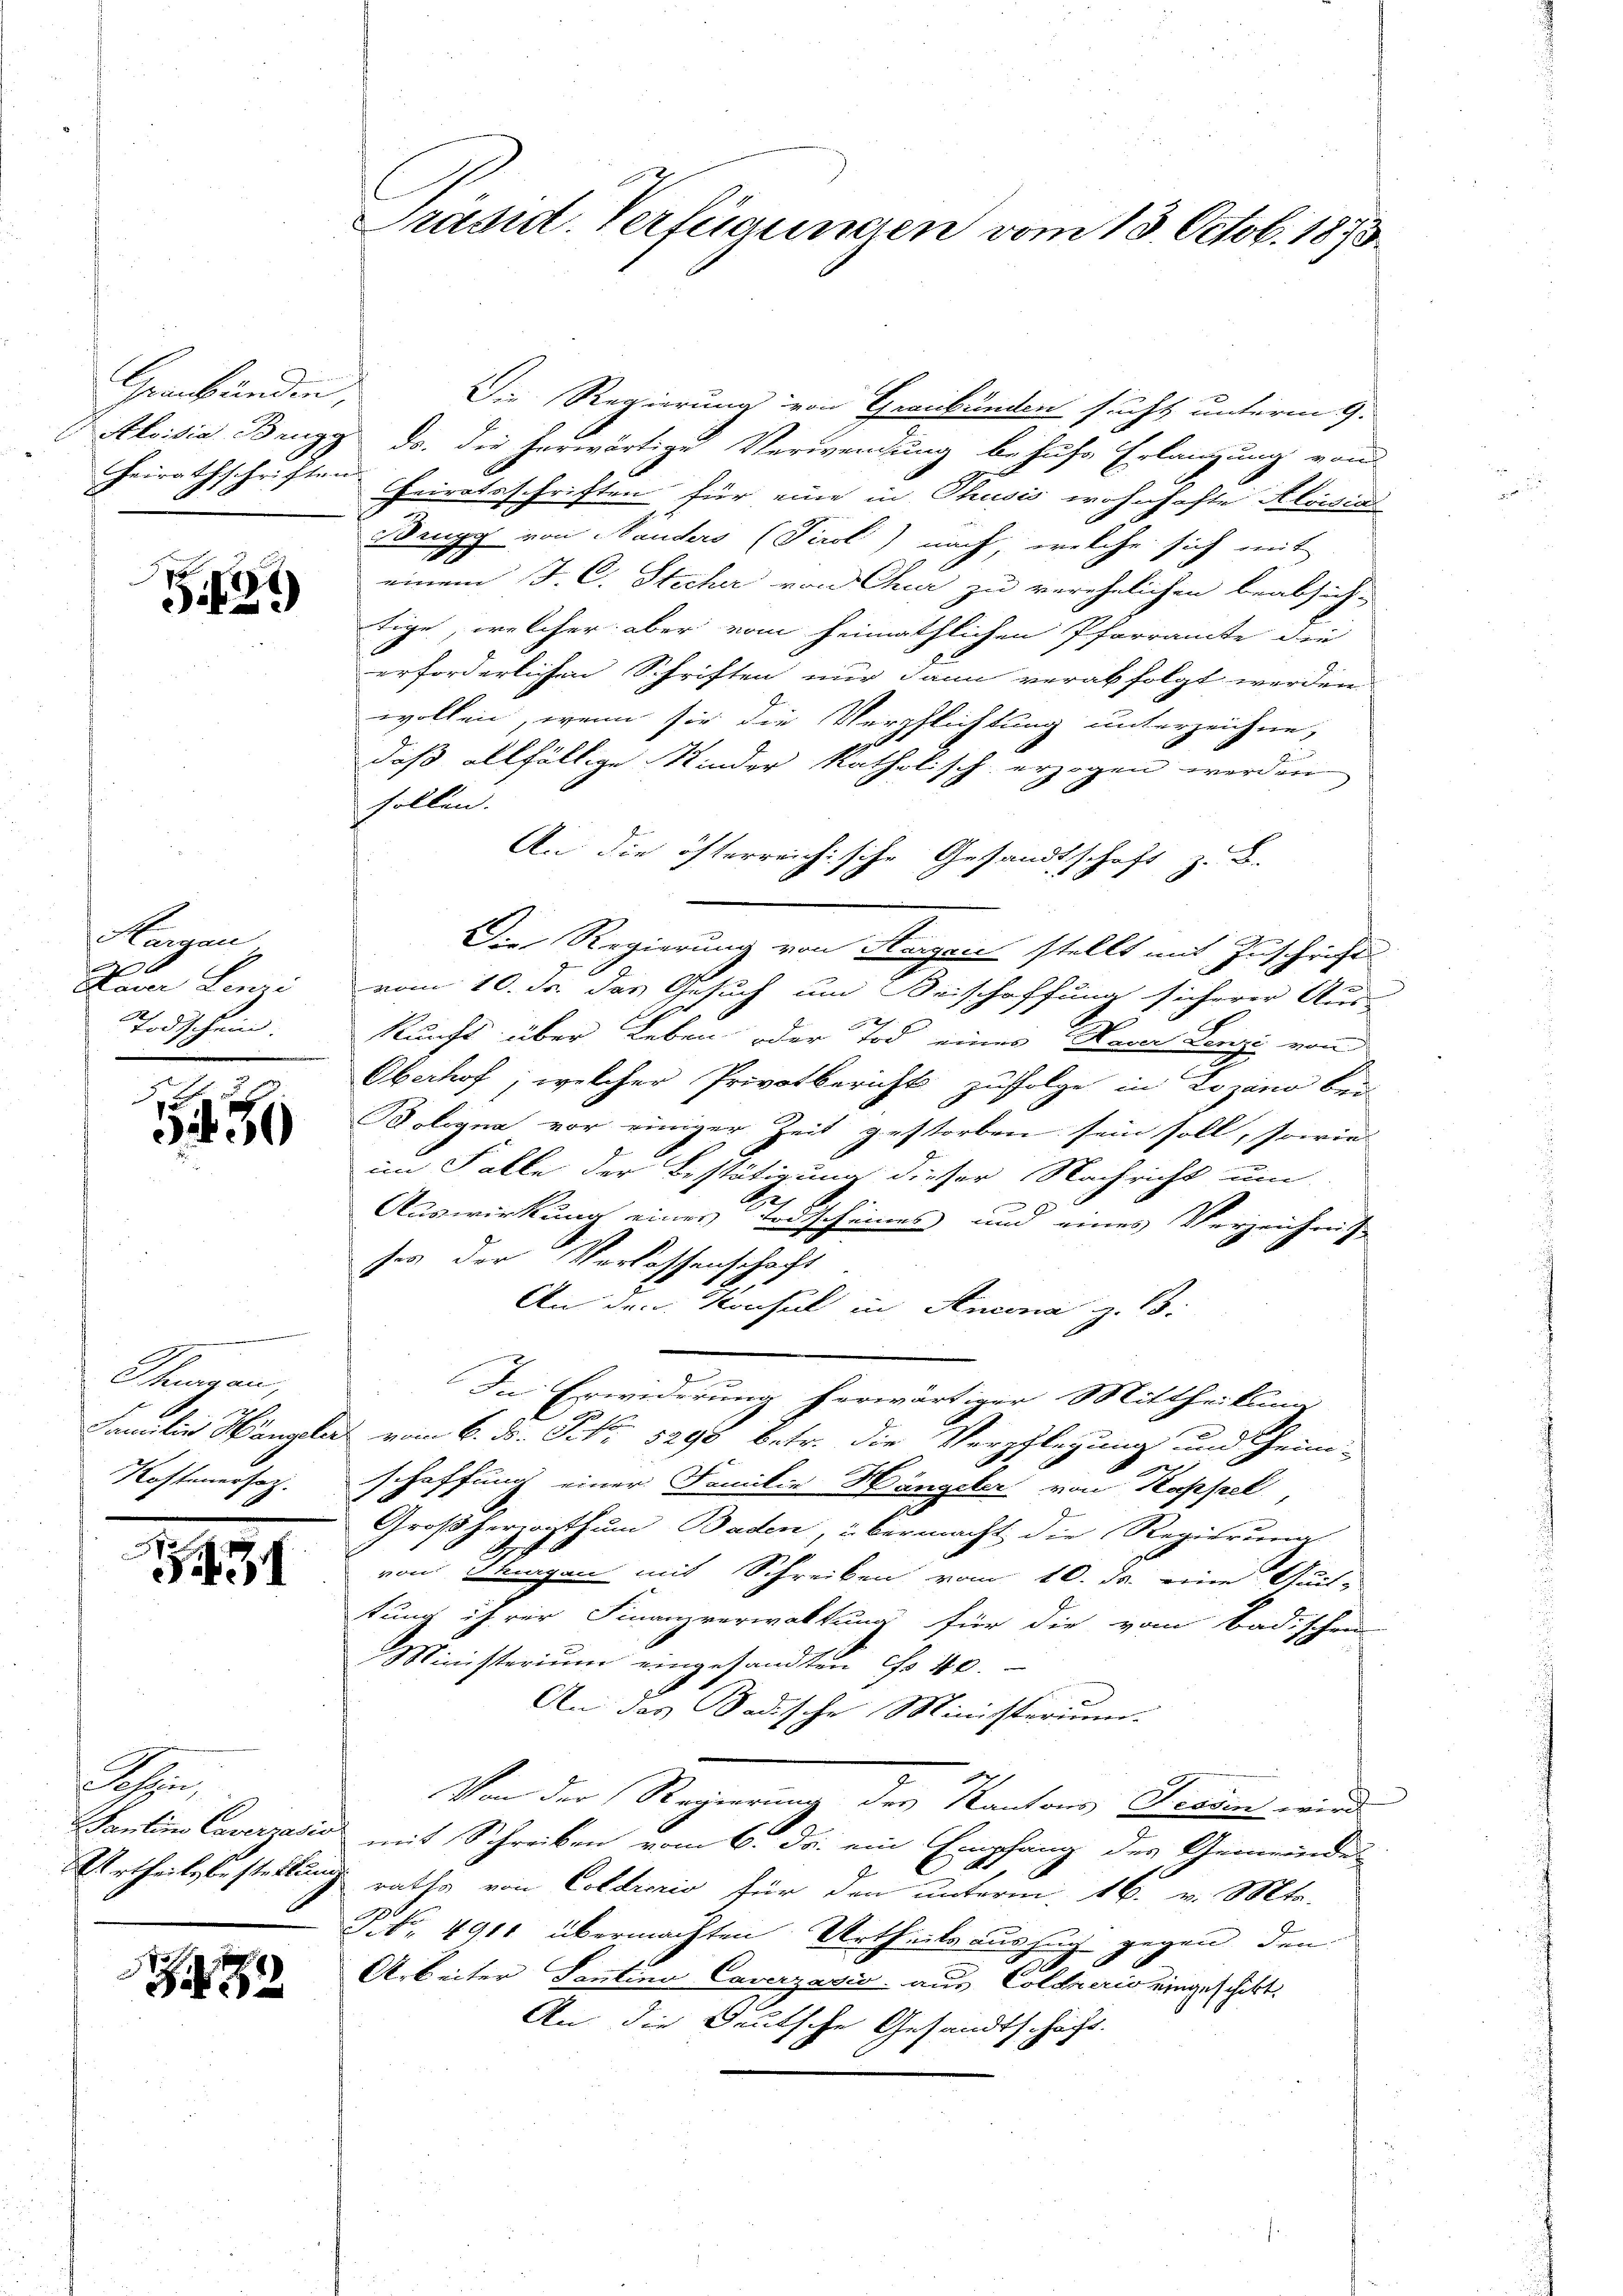
Graubünden,

G.129

Hergan
Namen Lenzi
Todschein.

50

Thurgau,
Familie Hängeler
Kostenersez.

91

Re
Pauline Caverjasio
Urtheils bestellung

Präsid. Verfügungen vom 13. Octob. 1873

Die Regierung von Graubünden sucht unterm 9.
Aloisia Brugg da der herwärtige Verwendung behufe Erlangung von
heirathschriften Heiratsschriften für eine in Thusis wohnhafte Aloisia
Wengg von Nauders (Piol) nach, welche sich mit
.
einem J. C. Sticher von Quai zu verehelichen beabsich-
tige, welcher aber vom heimathlichen Pfarramte die
erforderlichen Schriften nur dann verabfolgt werden.
wollen, wenn sie die Verpflichtung unterzeichne,
daß allfällige Kinder katholisch erzogen werden
sollen.
An die öfterreichische Gesandtschaft z. B.
Die Regierung von Aargau stellt mit Zuschrift
vom 10. ds. das Gesuch um Beischaffung sicherer Aus-
.
kunft über Leben oder Tod einer Nein Lenzi von
Oberhof, welcher Privatbericht zufolge in Lojano bei
oologna vor einiger Zeit gestorben sein soll, sowie
im Falle der Bestätigung dieser Nachricht um
e
Auswirkung eines Erdscheines und eines Verzeichnis
sey der Verlassenschaft
An den Konsul in Ancona z. B.
In Erwiderung herwärtiger Mittheilung
e
vom 6. ds. S. 1290 betr. die Verpflegung und Heim-
schaffung einer Familie Hängeler von Kappel,
Großherzogthum Baden, übermacht die Regierung
von Fragen mit Schreiben vom 10. ds. eine Quit-
tung ihrer Finanzverwaltung für die vom Badischen
Ministerium eingesandten Cho 40.
An das Badische Ministerium
Von der Regierung des Kantons Tradin wird
mit Schreiben vom 6. ds. ein Empfang des Gemeinde-
raths von Colerario für den unterm 16. v. Mts.
P. 4911 übermachten Urtheilsauszug gegen den
Arbeiter Santina Caverzadio aus Coldnerio eingeschikt.
An die Deutsche Gesandtschaft.